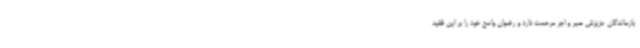
بازماندگان عزیزش صبر و اجر مرحمت دارد و رضوان واسع خود را بر این فقید